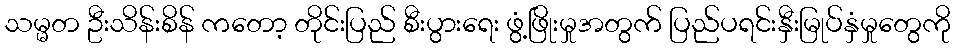
သမ္မတ ဦးသိန်းစိန် ကတော့ တိုင်းပြည် စီးပွားရေး ဖွံ့ဖြိုးမှုအတွက် ပြည်ပရင်းနှီးမြုပ်နှံမှုတွေကို